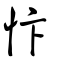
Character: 忭